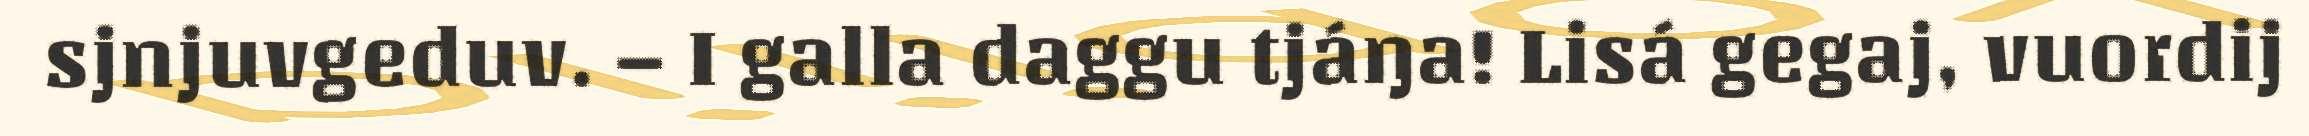
sjnjuvgeduv. – I galla daggu tjáŋa! Lisá gegaj, vuordij